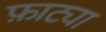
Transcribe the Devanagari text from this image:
फ़ाट्या